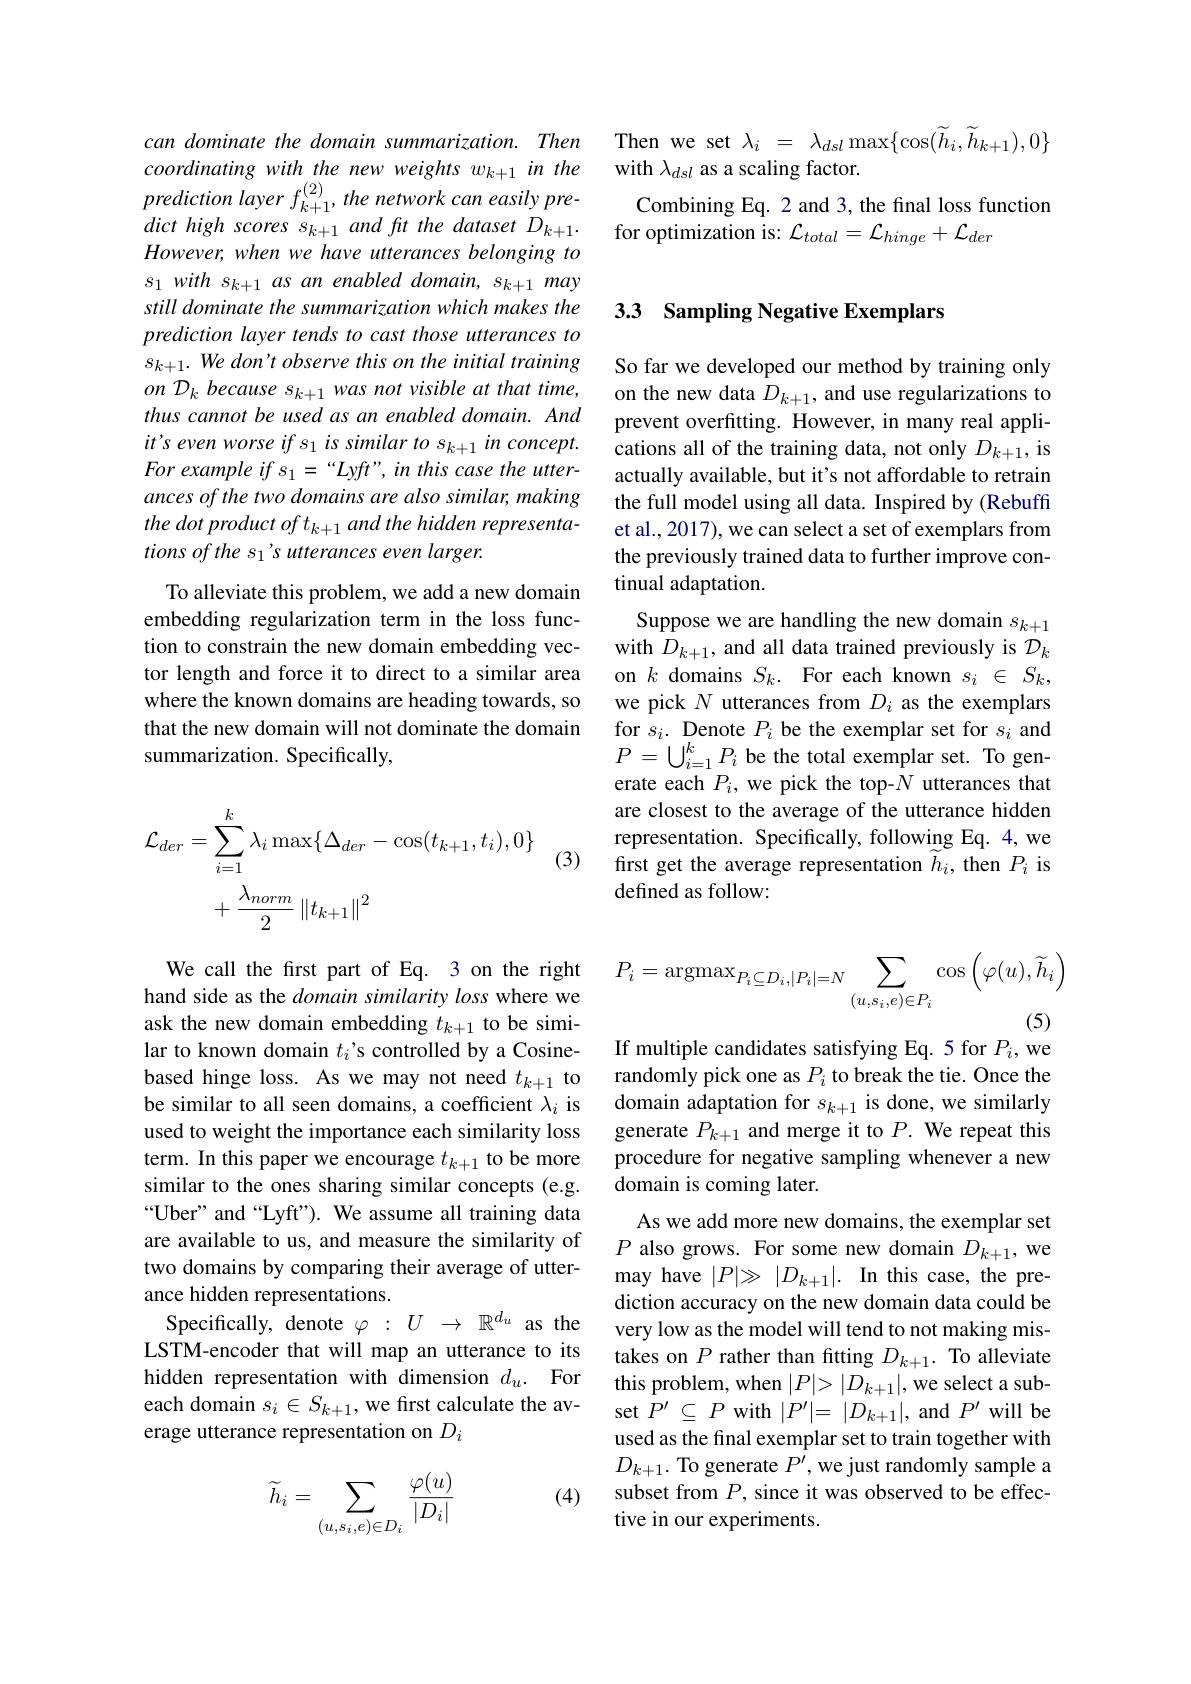
Then we set $\lambda _i$ = $\lambda _{dsl}\max \{ \cos ( \widetilde{h} _i, \widetilde{h} _{k+ 1}) , 0\}$

with $\lambda_dsl$ as a scaling factor.
Combining Eq. 2 and 3, the final loss function
for optimization is: $\mathcal{L}_{total}=\mathcal{L}_{hinge}+\mathcal{L}_{der}$

can dominate the domain summarization. Then coordinating with the new weights w$w_{k+1}$ in the $prediction~layer~f_{k+1}^{(2)},~the~network~can~easily~pre-$ dict high scores s k+1 and fit the dataset D k+1. However, when we have utterances belonging to $s_1withs_{k+1}$ as an enabled domain, sk+1 may still dominate the summarization which makes the prediction layer tends to cast those utterances to $s_{k+ 1}. \textit{We don' t observe this on the initial training}$ on D k because s k+1 was not visible at that time, thus cannot be used as an enabled domain. And it's even worse if s is similar to s s k+1 in concept. For example $if$ $s_{1}=$ $“ Lyft” , in$ this case the $utter-$ ances of the two domains are also similar, making the dot product of t k+1 and the hidden representations of the s 1's utterances even larger.

To alleviate this problem, we add a new domain embedding regularization term in the loss function to constrain the new domain embedding vector length and force it to direct to a similar area where the known domains are heading towards, so that the new domain will not dominate the domain summarization. Specifically,

(3)
$$\begin{aligned}\mathcal{L}_{der}&=\sum_{i=1}^{k}\lambda_{i}\max\{\Delta_{der}-\cos(t_{k+1},t_{i}),0\}\\&+\frac{\lambda_{norm}}2\left\|t_{k+1}\right\|^{2}\end{aligned}$$
We call the frst part of Eq. 3 on the right hand side as the domain similarity loss where we ask the new domain embedding $t_{k+1}$ to be similar to known domain $t_i’$s controlled by a Cosinebased hinge loss. As we may not need $t_{k+1}$ to be similar to all seen domains, a coefficient $\lambda_i$ is used to weight the importance each similarity loss term. In this paper we encourage $t_{k+1}$ to be more similar to the ones sharing similar concepts (e.g. “Uber" and“Lyft”). We assume all training data are available to us, and measure the similarity of two domains by comparing their average of utterance hidden representations.
Specifically, denote $\varphi:U\to\mathbb{R}^{d_u}$ as the LSTM-encoder that will map an utterance to its hidden representation with dimension $d_u.$ For each domain $s_i\in S_{k+1}$, we first calculate the average utterance representation on $D_i$

(4)
$$\widetilde{h}_i=\sum_{(u,s_i,e)\in D_i}\frac{\varphi(u)}{|D_i|}$$
### 3.3 Sampling Negative Exemplars

So far we developed our method by training only on the new data $D_k+1$, and use regularizations to prevent overfitting. However, in many real applications all of the training data, not only $D_k+1$, is actually available, but it's not affordable to retrain the full model using all data. Inspired by (Rebuffi et al., 2017), we can select a set of exemplars from the previously trained data to further improve continual adaptation.
Suppose we are handling the new domain $s_{k+1}$ with $D_k+1$, and all data trained previously is $\mathcal{D}_k$ on $k$ domains $S_k.$ For each known $s_i\in S_k$, we pick $N$ utterances from $D_i$ as the exemplars for $s_i.$ Denote $P_i$ be the exemplar set for $s_i$ and $P=\bigcup_{i=1}^{k}P_{i}$ be the total exemplar set. To generate each $P_i$, we pick the top-$N$ utterances that are closest to the average of the utterance hidden representation. Specifically, following Eq. 4, we first get the average representation $\widetilde{h}_i$, then $P_i$ is defined as follow:
$$P_{i}=\operatorname{argmax}_{P_{i}\subseteq D_{i},|P_{i}|=N}\sum_{(u,s_{i},e)\in P_{i}}\cos\left(\varphi(u),\widetilde{h}_{i}\right)$$
If multiple candidates satisfying Eq. 5 for $P_i$,we

randomly pick one as $P_i$ to break the tie. Once the domain adaptation for $s_{k+1}$ is done, we similarly generate $P_k+1$ and merge it to $P.$ We repeat this procedure for negative sampling whenever a new domain is coming later.
As we add more new domains, the exemplar set $P$ also grows. For some new domain $D_k+1$, we may have $| P| \gg | D_{k+ 1}| .$ In this case, the prediction accuracy on the new domain data could be very low as the model will tend to not making mistakes on $P$ rather than fitting $D_{k+1}.$ To alleviate this problem, when $|P|>|D_k+1|$, we select a subset $P^\prime\subseteq P$ with $|P^\prime|=|D_{k+1}|$, and $P^\prime$ will be used as the final exemplar set to train together with $D_{k+1}.$ To generate $P^\prime$,we just randomly sample a subset from $P$, since it was observed to be effective in our experiments.